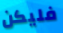
فليكن